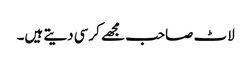
لاٹ صاحب مجھے کرسی دیتے ہیں۔